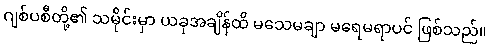
ဂျစ်ပစီတို့၏ သမိုင်းမှာ ယခုအချိန်ထိ မသေမချာ မရေမရာပင် ဖြစ်သည်။